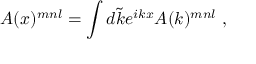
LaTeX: A ( x ) ^ { m n l } = \int d \tilde { k } e ^ { i k x } A ( k ) ^ { m n l } \ ,